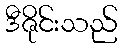
ဒီဇိုင်းသည်